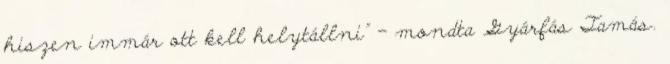
hiszen immár ott kell helytállni" - mondta Gyárfás Tamás.